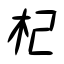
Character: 杞